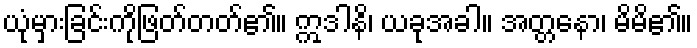
ယုံမှားခြင်းကိုဖြတ်တတ်၏။ ဣဒါနိ၊ ယခုအခါ။ အတ္တနော၊ မိမိ၏။